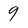
Character: 9